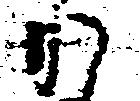
か